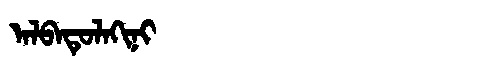
Manchu: ᠠᠯᠪᠠᡨᡠᠯᠠᡴᡳᠨᡳ
Romanization: ALBATULAKINI